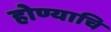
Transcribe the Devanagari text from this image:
होण्याचि